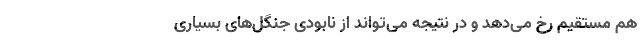
هم مستقیم رخ می‌دهد و در نتیجه می‌تواند از نابودی جنگل‌های بسیاری